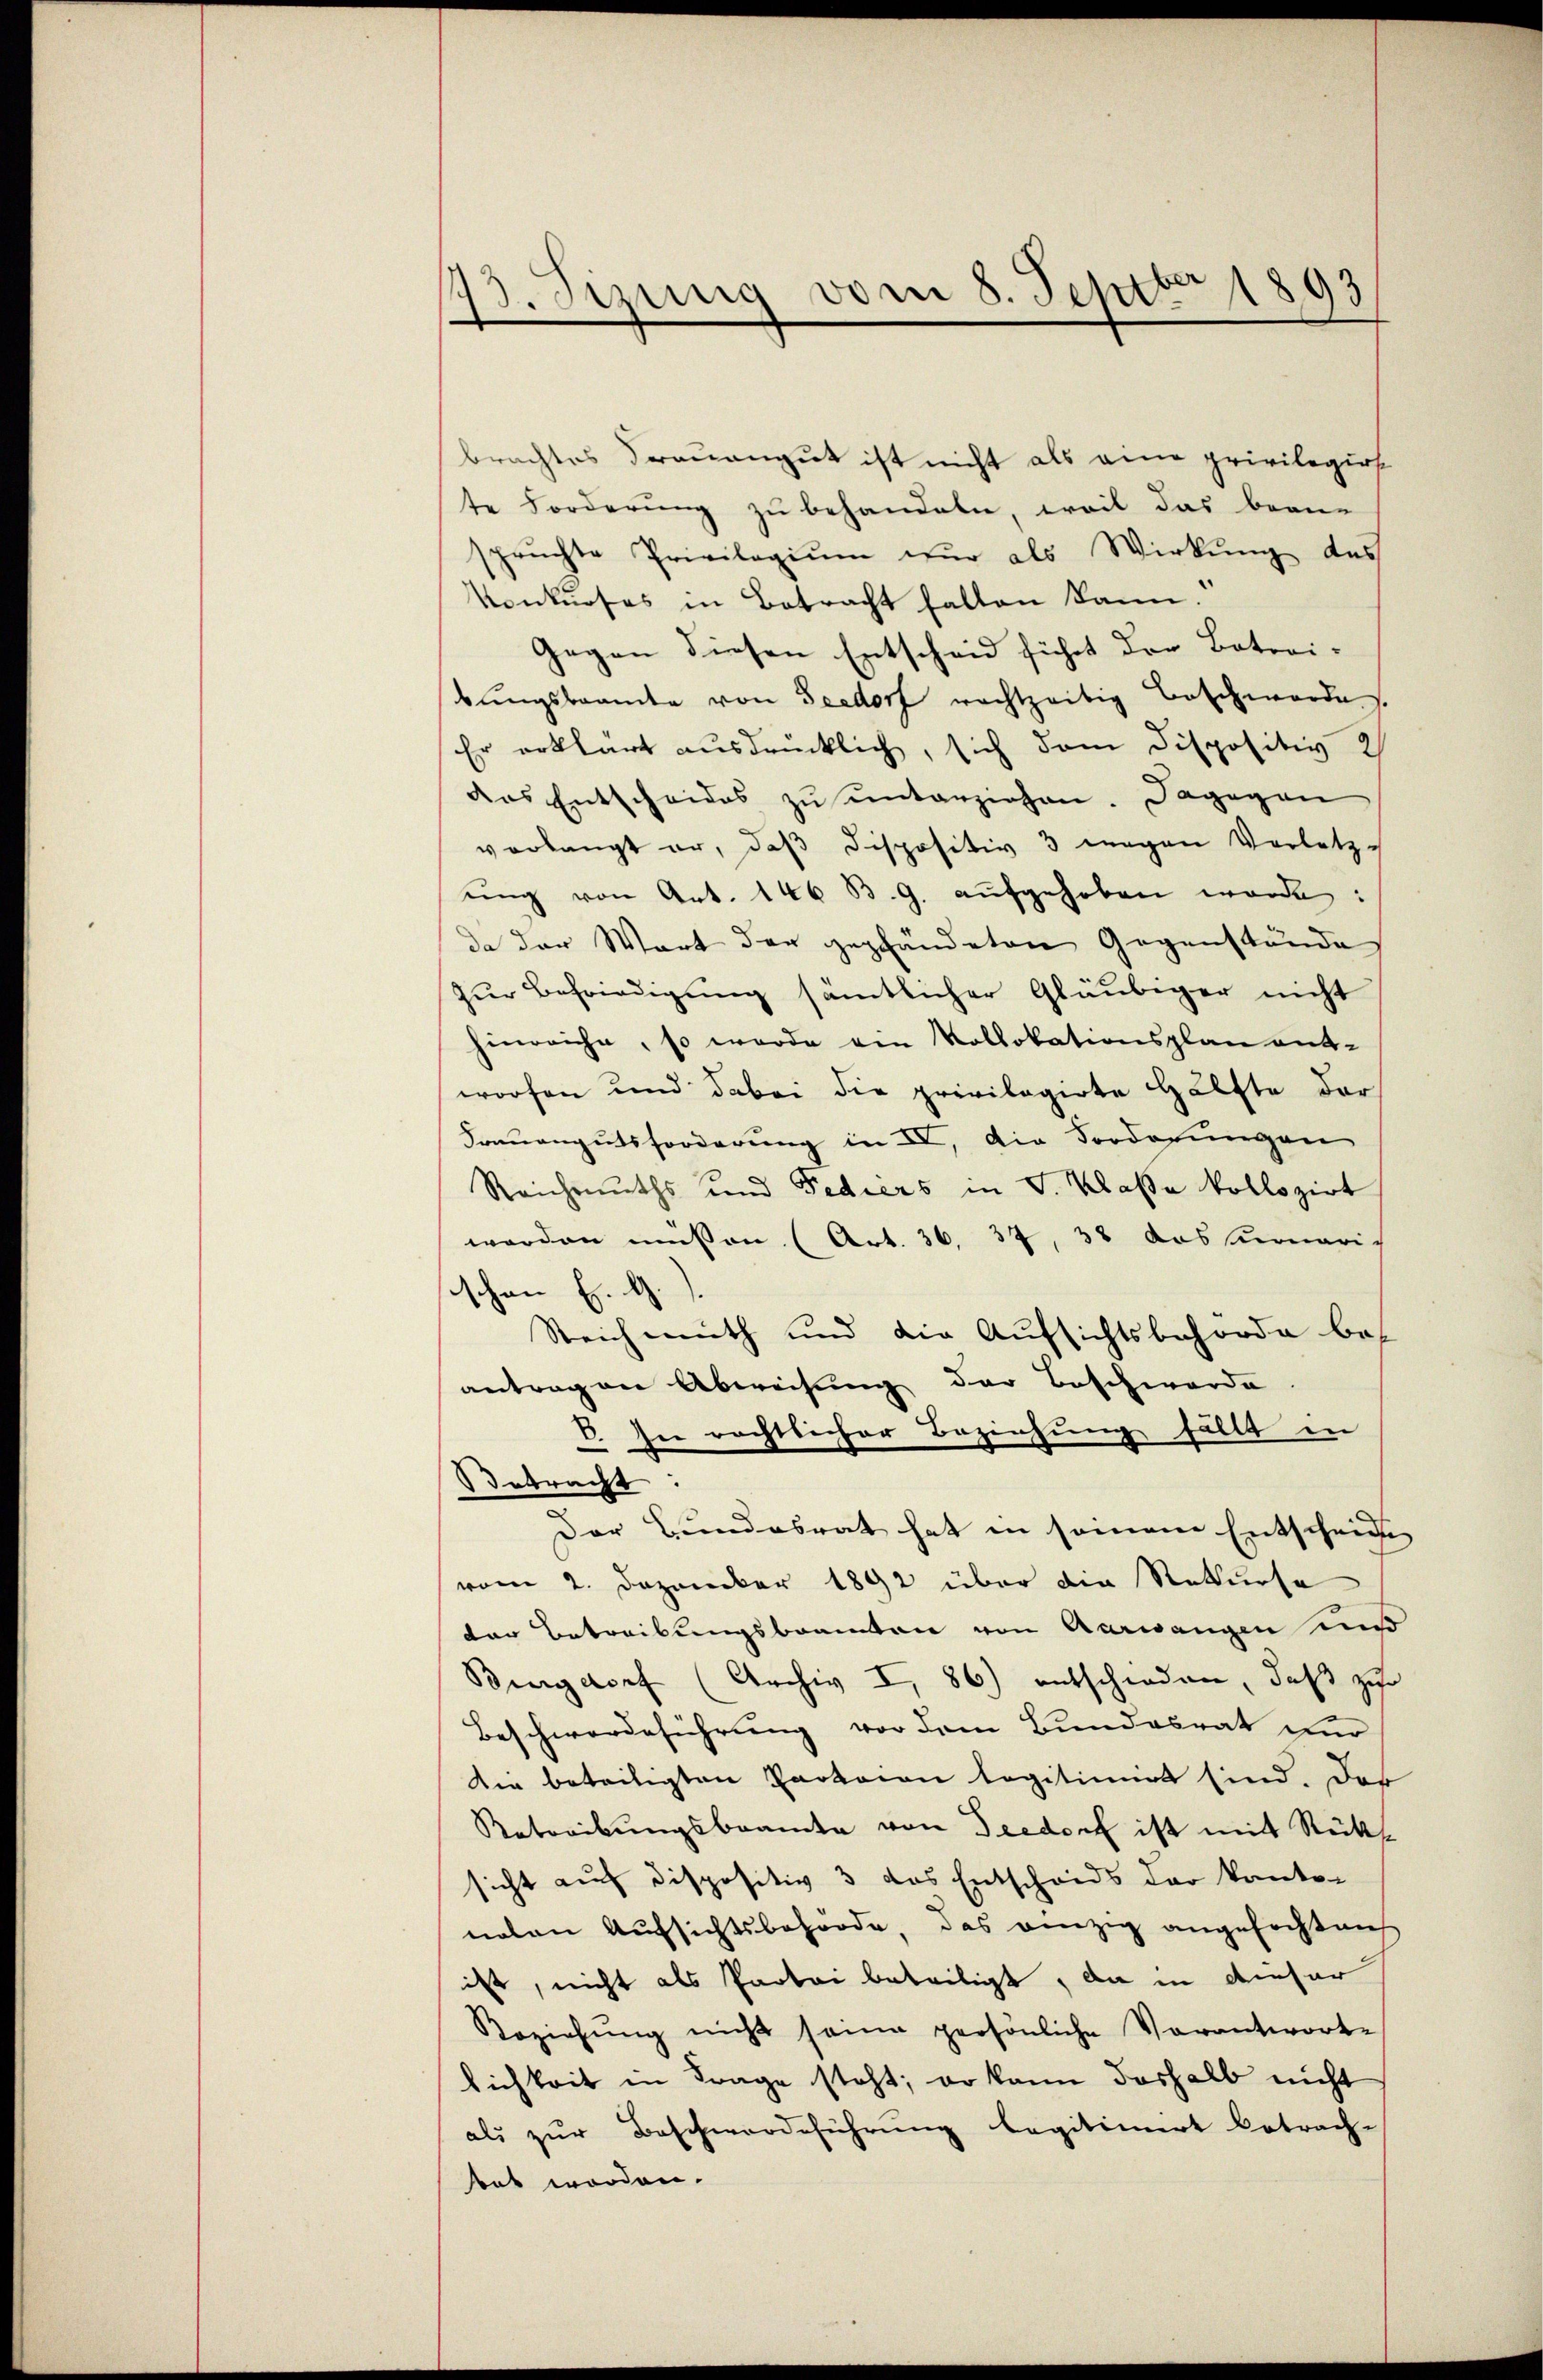
173. Sizung vom 8. Septbr 1893

brachtes Trauengut ist nicht als eine privilegios
te Forderung zu behandeln, weil das bean-
sprŭchte Privilegiŭm zŭr als Wirkung des
Konkurses in Betracht halten kann.
Gegen diesen Entscheid führt der Betrei-
bungsbeamte von Seedorf nachtzeitig Beschwerde.
Er erklärt ausdrücklich, sich dem Dispositiv 2
das Entscheides zŭ ŭnterziehen. Dagegen
verlangt er, daβ dispositiv 3 wegen Verletz-
ŭng von Art. 146 B. G. aŭfgehoben werde:
da der Wort der gepfändeten Gegenstände
zur Befriedigung sämtlicher Gläubiger nicht
hinreiche, so werde ein Vollokationsplan ent-
worfen und dabei die privilegirte Hälfte der
Frauengutsforderung in IV, die Vorderungen
Reichmuths und Fediers in S. Klasse kollozirt
worden müssen (Art. 36, 37, 38 das Monarich
schen E. G.).
Reichmuth und die Aufsichtsbehörde bes
antragen Abweisung der Beschwerde
B. In rechtlicher Beziehung fällt in
Betracht.
Der Bundesrat hat in seinem Entscheide |
(vom 2. Dezember 1892 über die Rekurse
der Betreibungsbeamten von Aarwangen und
Bingdorf (Archiv I, 86) entschieden, daß zur
Beschwerdeführung vor dem Bundesrat und
Die beteiligten Parteien legitimirt sind. Das
Betreibungsbeamte von Seedorf ist mit Rücks
sicht auf dispositiv 3 das Entscheids der Kanto-
naten Aufsichtsbehörde, das einzig angefocht auf
ist, nicht als Partei beteiligt, da in dieser
Beziehŭng nicht seine persönliche Verantworte
lichkeit in Frage steht; er kann deshalb nicht
als zur Beschwerdeführung legitimert betrach-
tet worden.